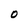
Character: 0